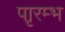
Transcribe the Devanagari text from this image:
पाृरम्भ